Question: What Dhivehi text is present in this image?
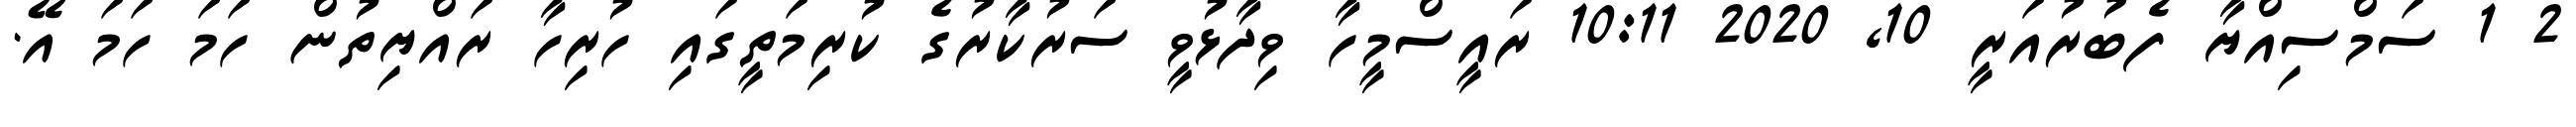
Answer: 2 1 ސަމްސިއްޔާ ފެބުރުއަރީ 10, 2020 10:11 ރައީސްމީހާ ވިދާޅުވީ ސަރުކާރުގެ ކުރިމަތީގައި ހުރިހާ ރައްޔިތުން ހަމަ ހަމަ އޭ.